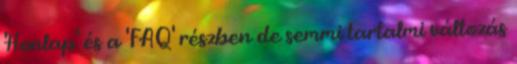
'Honlap' és a 'FAQ' részben de semmi tartalmi változás